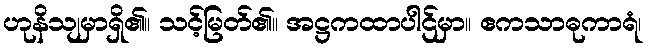
ဟုနိသျမှာရှိ၏။ သင့်မြတ်၏။ အဋ္ဌကထာပါဌ်မှာ။ ဧကသာဓုကာရံ၊